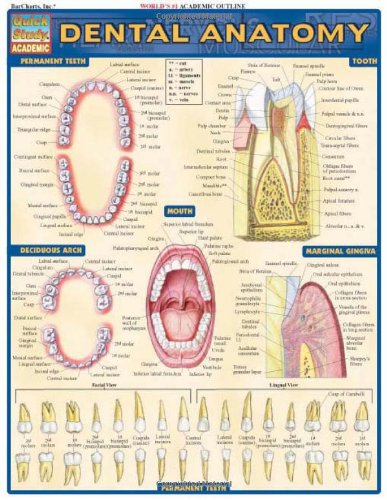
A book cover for Dental Anatomy (Quickstudy: Academic); Inc. BarCharts; Medical Books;